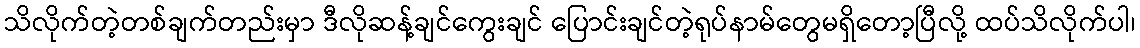
သိလိုက်တဲ့တစ်ချက်တည်းမှာ ဒီလိုဆန့်ချင်ကွေးချင် ပြောင်းချင်တဲ့ရုပ်နာမ်တွေမရှိတော့ပြီလို့ ထပ်သိလိုက်ပါ၊